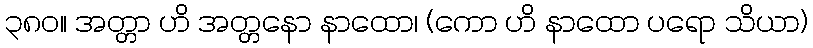
၃၈၀။ အတ္တာ ဟိ အတ္တနော နာထော၊ (ကော ဟိ နာထော ပရော သိယာ)